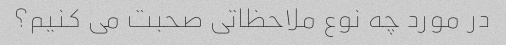
در مورد چه نوع ملاحظاتی صحبت می کنیم؟